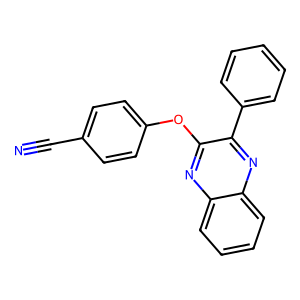
SMILES: N#Cc1ccc(Oc2nc3ccccc3nc2-c2ccccc2)cc1
Inhibits HIV replication: No